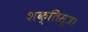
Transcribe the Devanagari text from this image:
शक्तिसूत्र।